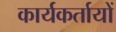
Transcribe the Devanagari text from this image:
कार्यकर्तायों